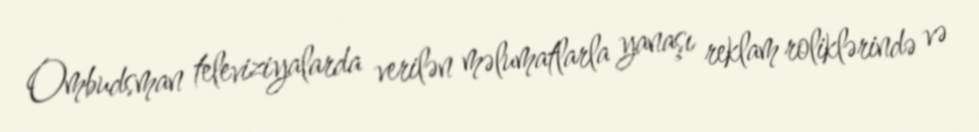
Ombudsman televiziyalarda verilən məlumatlarla yanaşı reklam roliklərində və